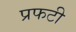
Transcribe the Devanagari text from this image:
प्रफटी